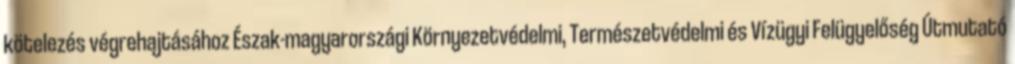
kötelezés végrehajtásához Észak-magyarországi Környezetvédelmi, Természetvédelmi és Vízügyi Felügyelőség Útmutató